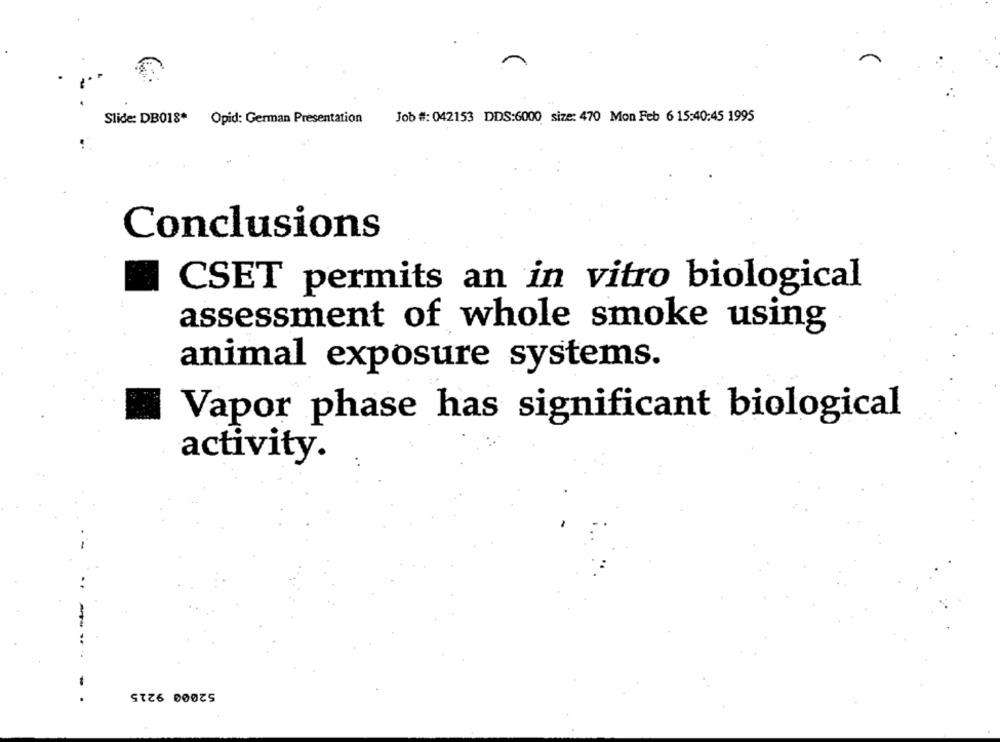
Job #: 042153 DDS:6000 size: 470 Mon Feb 6 15:40:45 1995
Slide: DB018
Opid: German Presentation
Conclusions
CSET permits an in vitro biological
assessment of whole smoke using
animal exposure systems.
Vapor phase has significant biological
activity.
52000 9215